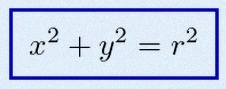
x^2+y^2=r^2